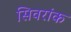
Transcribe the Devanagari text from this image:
सिवरांक